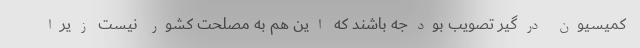
کمیسیون درگیر تصویب بودجه باشند که این هم به مصلحت کشور نیست زیرا